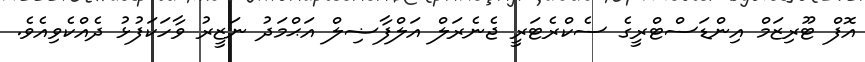
އޮފް ޓޫރިޒަމް އިންޑަސްޓްރީގެ ސެކްރެޓަރީ ޖެނެރަލް އަލްފާޟިލް އަޙްމަދު ނަޒީރު ވާހަކަފުޅު ދެއްކެވިއެވެ.